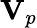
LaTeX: \mathbf{V}_{p}